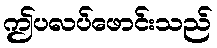
ဤပလပ်ဖောင်းသည်